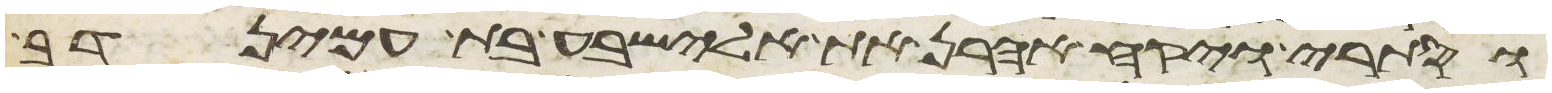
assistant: וסתרי ויקח אהרן את אלישבע בת עמינדב